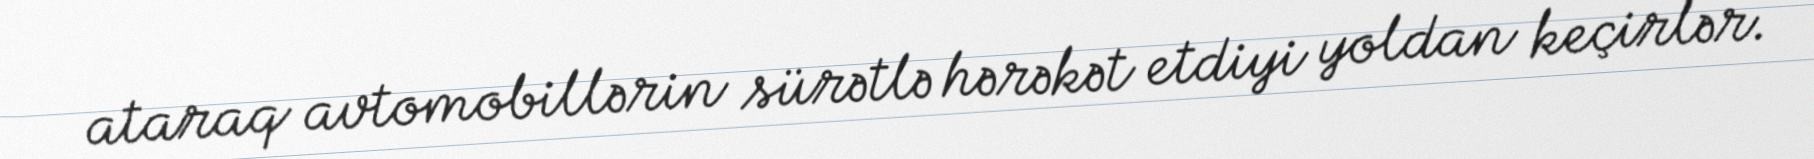
ataraq avtomobillərin sürətlə hərəkət etdiyi yoldan keçirlər.